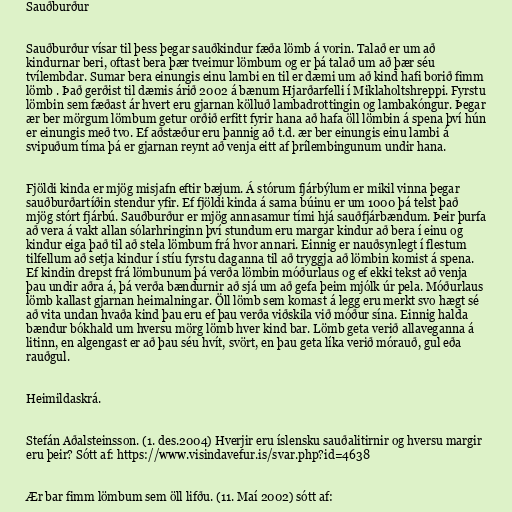
Sauðburður

Sauðburður vísar til þess þegar sauðkindur fæða lömb á vorin. Talað er um að
kindurnar beri, oftast bera þær tveimur lömbum og er þá talað um að þær séu
tvílembdar. Sumar bera einungis einu lambi en til er dæmi um að kind hafi borið fimm
lömb . Það gerðist til dæmis árið 2002 á bænum Hjarðarfelli í Miklaholtshreppi. Fyrstu
lömbin sem fæðast ár hvert eru gjarnan kölluð lambadrottingin og lambakóngur. Þegar
ær ber mörgum lömbum getur orðið erfitt fyrir hana að hafa öll lömbin á spena því hún
er einungis með tvo. Ef aðstæður eru þannig að t.d. ær ber einungis einu lambi á
svipuðum tíma þá er gjarnan reynt að venja eitt af þrílembingunum undir hana.

Fjöldi kinda er mjög misjafn eftir bæjum. Á stórum fjárbýlum er mikil vinna þegar
sauðburðartíðin stendur yfir. Ef fjöldi kinda á sama búinu er um 1000 þá telst það
mjög stórt fjárbú. Sauðburður er mjög annasamur tími hjá sauðfjárbændum. Þeir þurfa
að vera á vakt allan sólarhringinn því stundum eru margar kindur að bera í einu og
kindur eiga það til að stela lömbum frá hvor annari. Einnig er nauðsynlegt í flestum
tilfellum að setja kindur í stíu fyrstu daganna til að tryggja að lömbin komist á spena.
Ef kindin drepst frá lömbunum þá verða lömbin móðurlaus og ef ekki tekst að venja
þau undir aðra á, þá verða bændurnir að sjá um að gefa þeim mjólk úr pela. Móðurlaus
lömb kallast gjarnan heimalningar. Öll lömb sem komast á legg eru merkt svo hægt sé
að vita undan hvaða kind þau eru ef þau verða viðskila við móður sína. Einnig halda
bændur bókhald um hversu mörg lömb hver kind bar. Lömb geta verið allaveganna á
litinn, en algengast er að þau séu hvít, svört, en þau geta líka verið mórauð, gul eða
rauðgul.

Heimildaskrá.

Stefán Aðalsteinsson. (1. des.2004) Hverjir eru íslensku sauðalitirnir og hversu margir
eru þeir? Sótt af: https://www.visindavefur.is/svar.php?id=4638

Ær bar fimm lömbum sem öll lifðu. (11. Maí 2002) sótt af: